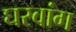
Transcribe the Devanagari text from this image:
घरवांग